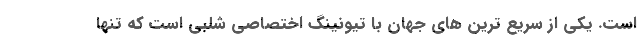
است. یکی از سریع ترین های جهان با تیونینگ اختصاصی شلبی است که تنها